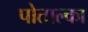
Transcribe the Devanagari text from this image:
पोताल्का